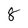
Character: 8